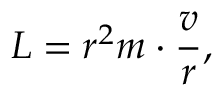
L = r ^ { 2 } m \cdot { \frac { v } { r } } ,